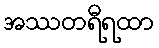
အဿတရီရထာ